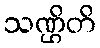
သဏ္ဌိတိ